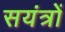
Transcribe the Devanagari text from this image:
सयंत्रों